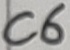
Text: C6